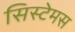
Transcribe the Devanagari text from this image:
सिस्टेमस